Preliminary report on the development of the Leishman-Donovan body in the bed bug - Number 27
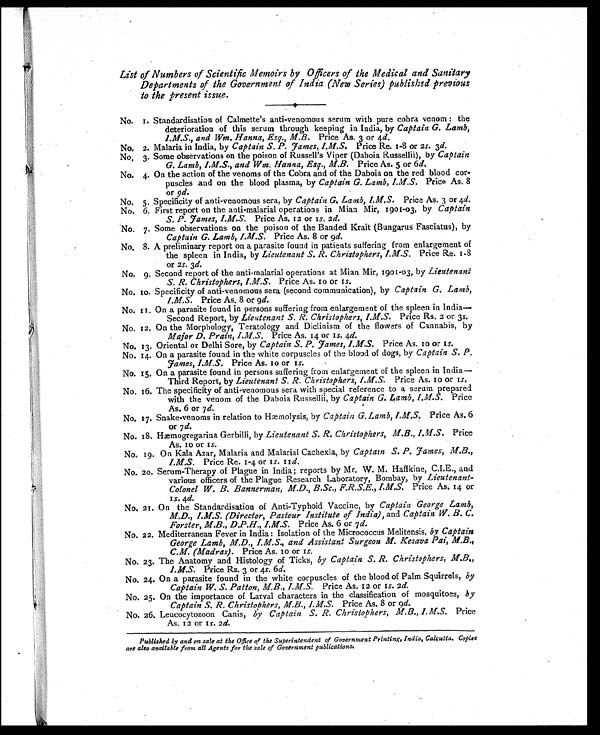
List of Numbers of Scientific Memoirs by Officers of the Medical and Sanitary
Departments of the Government of India (Near Series) published previous
to the present issue.
N o . 1 . S t a n d a r d i s a t i o n o f C a l m e t t e ' s a n t i - v e n o m o u s s e r u m w i t h p u r e c o b r a v e n o m : t h e
deterioration of this serum through keeping in India, by Captain G. Lamb,
1.M.S., and Wm. Hanna, Esq. M.B. Price As. 3 or 4d.
No. 2. Malaria in India, by Captain S.P. Fames, I.M.S. Price Re. 1-8 or 2 s. 3d.
No. 3. Some observations on the poison of Russell's Viper (Daboia Russellii), by Captain
G. Lamb, I.M.S., and Wm. Hanna, Esq., M.B. Price As. 5 or 6 d.
No. 4. On the action of the venoms of the Cobra and of the Daboia on the red blood cor-
puscles and on the blood plasma, by Captain G. Lamb, I.M.S. Price As. 8
or 9d.
No. 5. Specificity of anti-venomous sera, by Captain G. Lamb, I.M.S. Price As. 3 or 4d.
No. 6. First report on the anti-malarial operations in Mian Mir, 1901-03, by Captain
S. P. Fames, I.M.S. Price As. 12 or 1 s. 2 d.
No. 7. Some observations on the poison of the Banded Krait (Bungarus Fasciatus), by
Captain G. Lamb, I.M.S. Price As. 8 or 9d.
No. 8. A preliminary report on a parasite found in patients suffering from enlargement of
the spleen in India, by Lieutenant S. R. Christophers, I.M.S. Price Re. 1-8
or 2s. 3d.
No. 9. Second report of the anti-malarial operations at Mian Mir, 1901-03, by Lieutenant
S. R. Christophers, I.M.S. Price As. 10 or 1 s.
No. 10. Specificity of anti-venomous sera (second communication), by Captain G. Lamb,
I.M.S. Price As. 8 or 9 d.
No. 11. On a parasite found in persons suffering from enlargement of the spleen in India
—
Second Report, by Lieutenant S. R. Christopher; I.M.S. Price Rs. 2 or. 3 s.
No. 12. On the Morphology, Teratology and Diclinism of the flowers of Cannabis, by
Major D. Prain, I.M.S. Price As. 14 or 1s. 4d.
No. 13. Oriental or Delhi Sore, by Captain S. P. Fames, I.M.S. Price As. 10 or 1s.
No. 14. On a parasite found in the white corpuscles of the blood of dogs, by Captain S. P.
Fames, LM.S. Price As. 10 or 1s.
No. 15. On a parasite found in persons suffering from enlargement of the spleen in India
—
Third Report, by Lieutenant S. R. Christophers, I.M.S. Price As. 10 or 1s.
No. 16. The specificity of anti-venomous sera with special reference to a serum prepared
with the venom of the Daboia Russellii, by Captain G. Lamb, I.M.S. Price
As. 6 or 7 d.
No. 17. Snake-venoms in relation to Hæmolysis, by Captain G, Lamb, I.M.S. Price As. 6
or 7d.
No. 18. Hæmogregarina Gerbilli, by Lieutenant S. R. Christophers, M.B.,I.M.S.
Price
As. 10 or 1s.
No. 19. On Kala Azar, Malaria and Malarial Cachexia, by Captain S. P. Fames, M.B.,
I.M.S. Price Re. 1-4 or 1s. 11d.
No. 20. Serum-Therapy of Plague in India ; reports by Mr. W. M. Haffkine, C.I.E., and
various officers of the Plague Research Laboratory, Bombay, by Lieutenant-
Colonel W. B. Bannerman, M.D., B.Sc., F.R.S.E., I.M.S. Price As. 14 or
1
s .
4
d .
No. 21. On the Standardisation of Anti-Typhoid Vaccine, by Captain George Lamb,
M.D., I.M.S. (Director, Pasteur Institute of India), and Captain W. B. C.
Forster, M.B., D.P.H., I.M.S. Price As. 6 or 7 d.
No. 22. Mediterranean Fever in India : Isolation of the Micrococcus Melitensis, by Captain
George Lamb, M.D., I M.S., and Assistant Surgeon M. Kesava Pai, M.B.,
C.M. (Madras). Price As. 10 or 1s .
No. 23. The Anatomy and Histology of Ticks, by Captain S. R. Christophers, M.B.,
I.M.S. Price Rs. 3 or 4s. 6d.
No. 24. On a parasite found in the white corpuscles of the blood of Palm Squirrels, by
Captain W. S. Patton, M.B.,I.M.S. Price As. 12 or 1s. 2d.
No. 25. On the importance of Larval characters in the classification of mosquitoes, by
Captain S. R. Christophers, M.B., I.M.S. Price As. 8 or 9 d.
No. 26. Leucocytozoon Canis, by Captain S. R. Christophers, M. B., I.M.S. Price
As. 12 or 1s. 2d.
Published by and on sale at the Office of the Superintendent of Government Printing, India, Calcutta. copies
are also available from all Agents for the sale of Government publications.